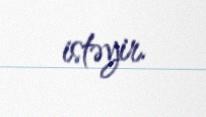
istəyir.